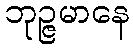
ဘုဉ္ဇမာနေ